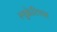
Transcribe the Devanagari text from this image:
ल्यूक्रेटियस